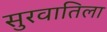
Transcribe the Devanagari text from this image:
सुरवातिला